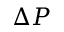
\Delta P